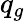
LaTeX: q_{g}